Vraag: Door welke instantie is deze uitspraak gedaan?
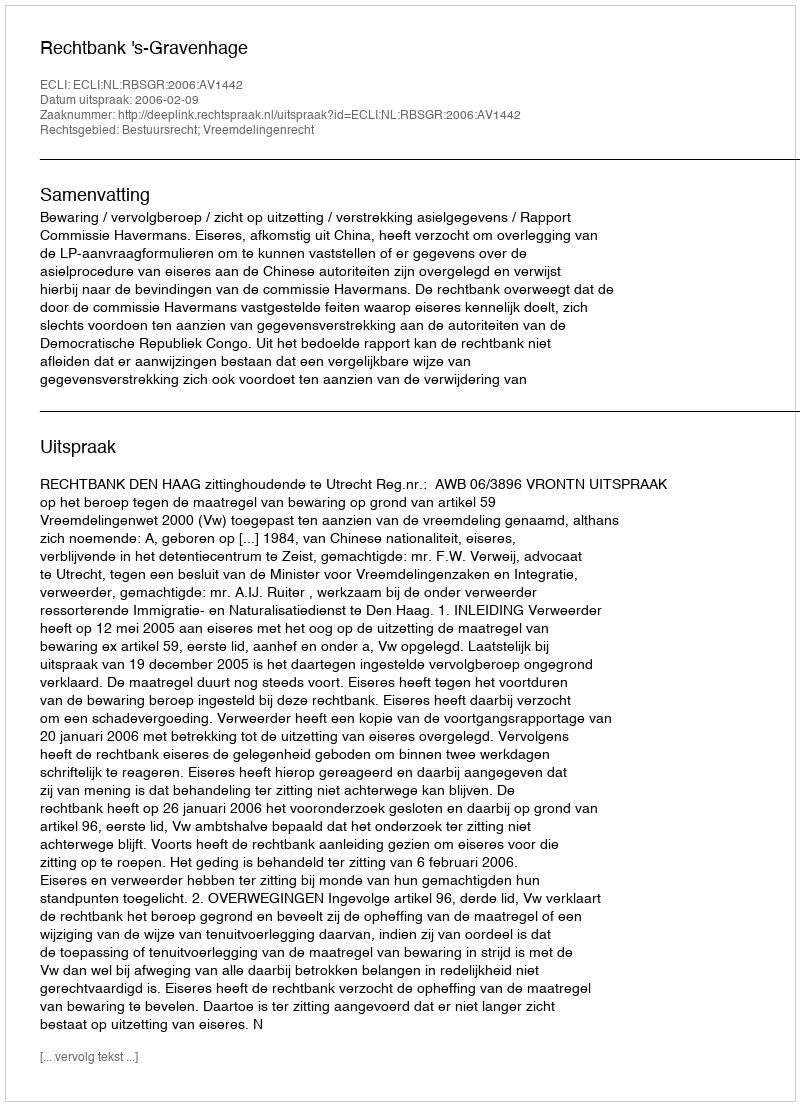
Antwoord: Rechtbank 's-Gravenhage